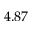
4 . 8 7